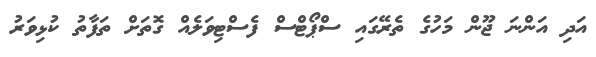
އަދި އަންނަ ޖޫން މަހުގެ ތެރޭގައި ސްޕޯޓްސް ފެސްޓިވަލެއް ގޮތަށް ތަފާތު ކުޅިވަރު